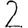
Digit: 2